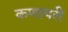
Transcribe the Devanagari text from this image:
कणापरी